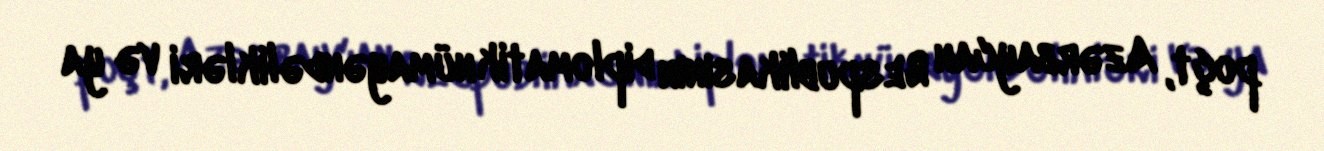
poçt, Azərbaycan Respublikasının diplomatik nümayəndəlikləri və ya